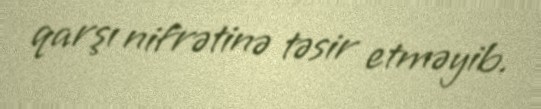
qarşı nifrətinə təsir etməyib.